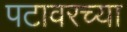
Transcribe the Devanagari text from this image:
पटावरच्या